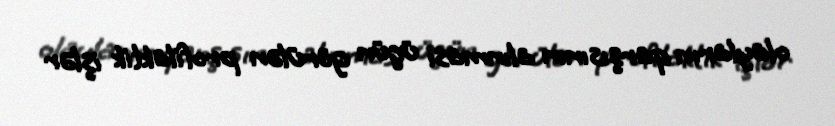
olayların qarşısının alınması üçün görülən profilaktik işlər